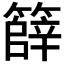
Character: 𮆞